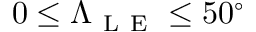
0 \le \Lambda _ { \mathrm { ~ L ~ E ~ } } \le 5 0 ^ { \circ }